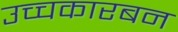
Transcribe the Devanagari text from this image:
उच्चकारबन